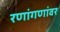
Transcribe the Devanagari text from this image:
रणांगणांवर